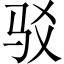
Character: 驳